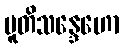
ပူတိသန္ဒေဟော